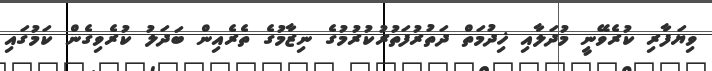
ވިޔަފާރި ކުރެވޭނީ މުދަލާއި ޚިދުމަތް ދަތުރުފަތުރުކުރުމުގެ ނިޒާމުގެ ތެރެއިން ބަދަލު ކުރެވިގެން ކަމުގައި